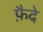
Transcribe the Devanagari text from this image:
फ़ैदे